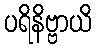
ပရိနိဗ္ဗာယိ